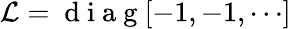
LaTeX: {\cal L}=\mathrm{~d~i~a~g~}[-1,-1,\cdots]